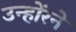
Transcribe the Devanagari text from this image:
उन्होंरने